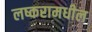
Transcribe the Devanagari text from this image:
लष्करामधील